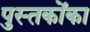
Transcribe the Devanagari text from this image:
पुस्‍तकोंका